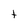
Character: t